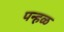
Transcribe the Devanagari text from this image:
पन्हळ